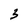
Character: 3